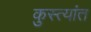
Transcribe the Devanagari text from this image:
कुस्त्यांत